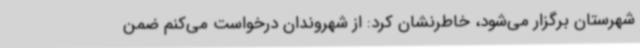
شهرستان برگزار می‌شود، خاطرنشان کرد: از شهروندان درخواست می‌کنم ضمن